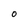
Character: O